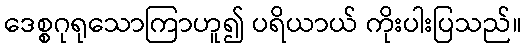
ဒေစ္စဂုရုသောကြာဟူ၍ ပရိယာယ် ကိုးပါးပြသည်။